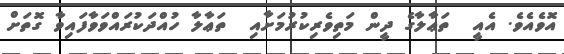
އޮވެއެވެ. އެއީ  ތަޢާލާގެ ދީން މަތިވެރިކުރުމަށާއި  ތަޢާލާ ހުއްދަކުރައްވަވާފައިވާ ގޮތަށް